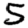
Digit: 5